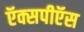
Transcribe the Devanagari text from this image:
ऍक्सपीऍस